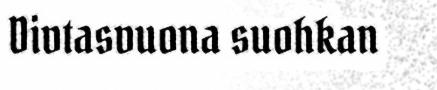
Divtasvuona suohkan